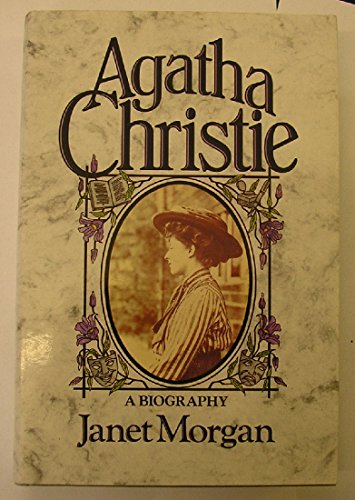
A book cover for Agatha Christie: A Biography; Janet Morgan; Mystery, Thriller & Suspense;